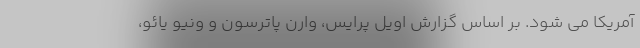
آمریکا می شود. بر اساس گزارش اویل پرایس، وارن پاترسون و ونیو یائو،